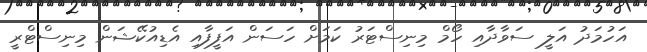
އަހުމަދު އަލީ ސަވާދާއި ހޯމް މިނިސްޓަރު ކަމަށް ހަސަން އަފީފާއި އެޑިއުކޭޝަން މިނިސްޓްރީ